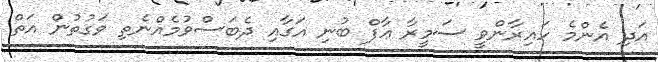
އަދި އެންމެ ހައިރާންވީ ސަމީރާ ޢާފް ބުނި އަގާއި ދެބަސްވުމެއްނެތި ވަގުތުން އަތް